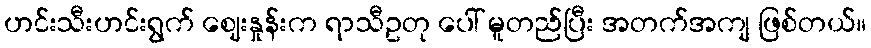
ဟင်းသီးဟင်းရွက် ဈေးနှုန်းက ရာသီဥတု ပေါ် မူတည်ပြီး အတက်အကျ ဖြစ်တယ်။